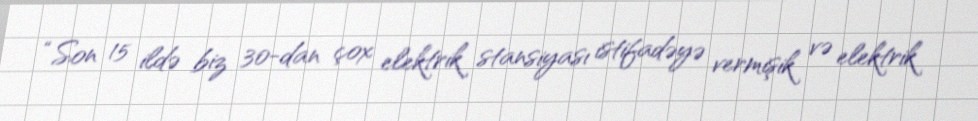
“Son 15 ildə biz 30-dan çox elektrik stansiyası istifadəyə vermişik və elektrik